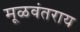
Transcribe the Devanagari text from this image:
मूळवंतराय